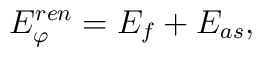
E^{ren}_\varphi=E_f + E_{as},